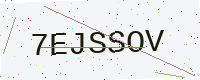
Text: 7EJSSOV